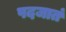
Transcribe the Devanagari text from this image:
पदजातं